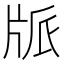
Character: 𤖼